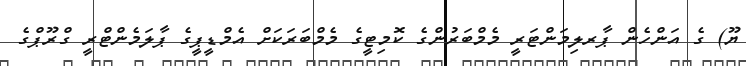
ޔޫ) ގެ އަންހެން ޕާރލިމަންޓަރީ މެމްބަރުންގެ ކޮމިޓީގެ މެމްބަރަކަށް އެމްޑީޕީގެ ޕާލަމެންޓްރީ ގްރޫޕްގެ